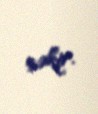
çəkir.